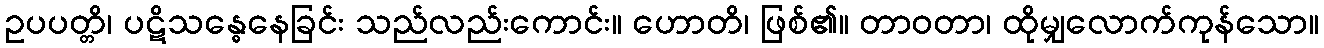
ဥပပတ္တိ၊ ပဋိသန္ဓေနေခြင်း သည်လည်းကောင်း။ ဟောတိ၊ ဖြစ်၏။ တာဝတာ၊ ထိုမျှလောက်ကုန်သော။